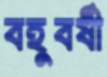
বহুবর্ষী